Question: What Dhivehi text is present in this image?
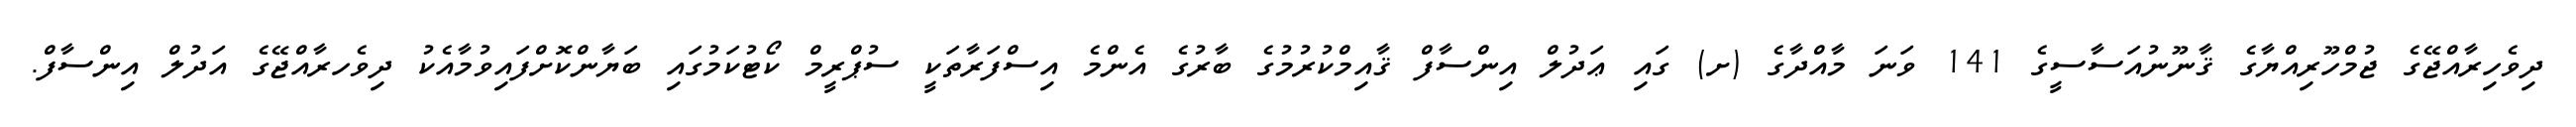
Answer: ދިވެހިރާއްޖޭގެ ޖުމްހޫރިއްޔާގެ ޤާނޫނުއަސާސީގެ 141 ވަނަ މާއްދާގެ (ށ) ގައި ޢަދުލް އިންސާފް ޤާއިމްކުރުމުގެ ބާރުގެ އެންމެ އިސްފަރާތަކީ ސުޕްރީމް ކޯޓުކަމުގައި ބަޔާންކޮށްފައިވުމާއެކު ދިވެހރާއްޖޭގެ އަދުލް އިންސާފް.